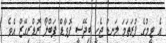
އެ ޓީމުގެ ފުރަތަމަ ލަނޑު ޖެހީ ބިދޭސީ ފޮވާޑް ޕަބްލޯ ރޮޑްރިގޭޒް އެވެ.